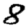
Digit: 8